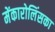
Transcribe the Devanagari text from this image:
मेंकारोलिंसका